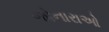
જોનારાઓ